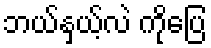
ဘယ်နှယ့်လဲ ကိုပြေ